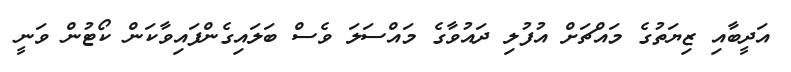
އަދީބާއި ޒިޔަތުގެ މައްޗަށް އުފުލި ދައުވާގެ މައްސަލަ ވެސް ބަލައިގެންފައިވާކަން ކޯޓުން ވަނީ